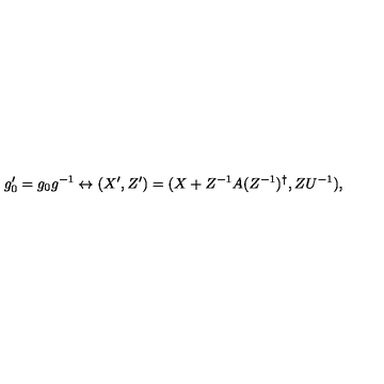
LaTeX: g _ { 0 } ^ { \prime } = g _ { 0 } g ^ { - 1 } \leftrightarrow ( X ^ { \prime } , Z ^ { \prime } ) = ( X + Z ^ { - 1 } A ( Z ^ { - 1 } ) ^ { \dagger } , Z U ^ { - 1 } ) ,